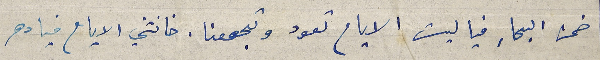
ضمن البحار فيا ليت الايام تعود وتجمعنا. خانتني الايام فيا دهر